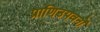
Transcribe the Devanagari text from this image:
प्राणिउपवनों